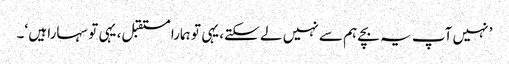
’ نہیں آپ یہ بچے ہم سے نہیں لے سکتے، یہی تو ہمارا مستقبل، یہی تو سہارا ہیں ‘۔